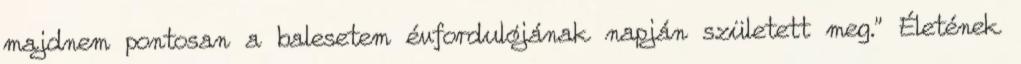
majdnem pontosan a balesetem évfordulójának napján született meg.” Életének